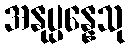
အနုပ္ပန္နေသု